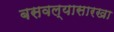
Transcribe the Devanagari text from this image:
बसवल्यासारखा